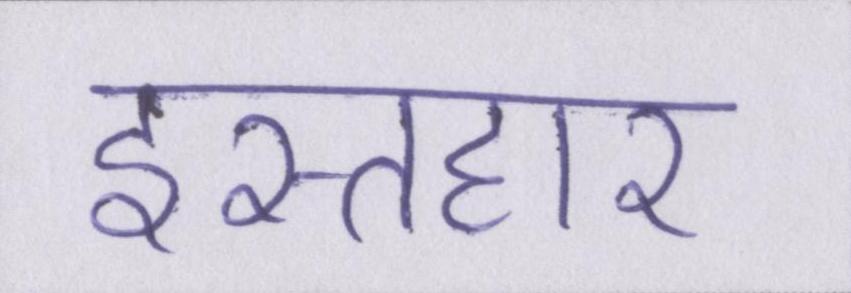
इस्तहार